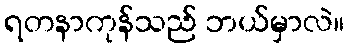
ရတနာကုန်သည် ဘယ်မှာလဲ။